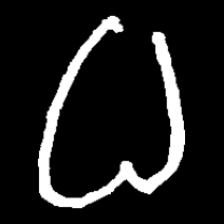
Pyu character \u2014 Myanmar letter: ဓ (romanized: dha)